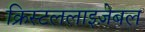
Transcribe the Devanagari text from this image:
क्रिस्टललाइज़ेबल